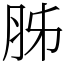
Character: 胏